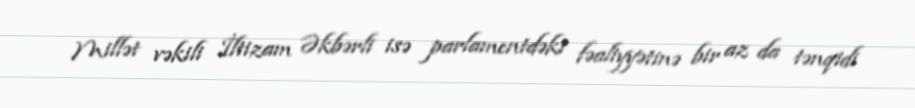
Millət vəkili İltizam Əkbərli isə parlamentdəki fəaliyyətinə bir az da tənqidi